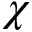
\chi